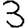
Digit: 3